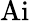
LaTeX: \mathrm{Ai}